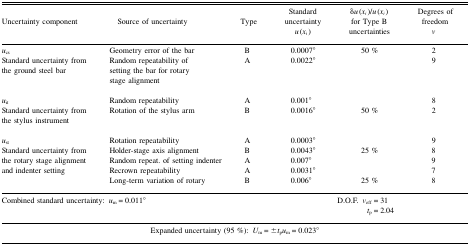
<table><thead><tr><td><b>Uncertainty component</b></td><td><b>Source of uncertainty</b></td><td><b>Type</b></td><td><b>Standard uncertainty <i>u</i>(<i>x<sub>i</sub></i>)</b></td><td><b>δ<i>u</i>(<i>x</i><sub>i</sub>)/<i>u</i>(<i>x</i><sub>i</sub>) for Type B uncertainties</b></td><td><b>Degrees of freedom <i>v</i></b></td></tr></thead><tbody><tr><td><i>u</i><sub>cs</sub></td><td>Geometry error of the bar</td><td>B</td><td>0.0007°</td><td>50 %</td><td>2</td></tr><tr><td>Standard uncertainty from the ground steel bar</td><td>Random repeatability of setting the bar for rotary stage alignment</td><td>A</td><td>0.0022°</td><td></td><td>9</td></tr><tr><td><i>u</i><sub>it</sub></td><td>Random repeatability</td><td>A</td><td>0.001°</td><td></td><td>8</td></tr><tr><td>Standard uncertainty from the stylus instrument</td><td>Rotation of the stylus arm</td><td>B</td><td>0.0016°</td><td>50 %</td><td>2</td></tr><tr><td><i>u</i><sub>st</sub></td><td>Rotation repeatability</td><td>A</td><td>0.0003°</td><td></td><td>9</td></tr><tr><td rowspan="4">Standard uncertainty from the rotary stage alignment and indenter setting</td><td>Holder-stage axis alignment</td><td>B</td><td>0.0043°</td><td>25 %</td><td>8</td></tr><tr><td>Random repeat. of setting indenter</td><td>A</td><td>0.007°</td><td></td><td>9</td></tr><tr><td>Recrown repeatability</td><td>A</td><td>0.0031°</td><td></td><td>7</td></tr><tr><td>Long-term variation of rotary</td><td>B</td><td>0.006°</td><td>25 %</td><td>8</td></tr><tr><td colspan="2">Combined standard uncertainty: <i>u<sub>m</sub></i> = 0.011°</td><td></td><td></td><td>D.O.F. <i>v</i><sub>eff</sub> = 31<i>t</i><sub>p</sub> = 2.04</td><td></td></tr><tr><td colspan="6">Expanded uncertainty (95 %): <i>U<sub>m</sub> = ±t</i><sub>p</sub><i>u</i><sub>m</sub> = 0.023°</td></tr></tbody></table>